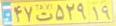
۴۷ت۵۲۹۱۹